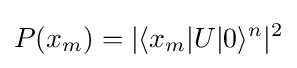
P(x_{m})=|\langle x_{m}|U|0\rangle ^{n}|^{2}